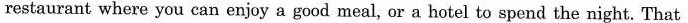
restaurant where you can enjoy a good meal, or a hotel to spendthe night. That